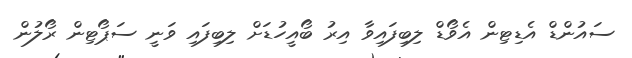
ސައުންޑް އެޑިޓިން އެވޯޑް ލިބިފައިވާ އިރު ބޯއީހުޑަށް ލިބިފައި ވަނީ ސަޕޯޓިން ރޯލުން